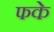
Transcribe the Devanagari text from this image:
फके